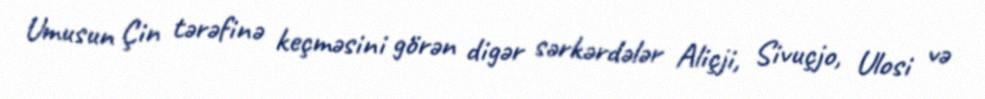
Umusun Çin tərəfinə keçməsini görən digər sərkərdələr Aliçji, Sivuçjo, Ulosi və